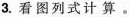
3.看图列式计算。